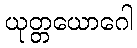
ယုတ္တယောဂေါ